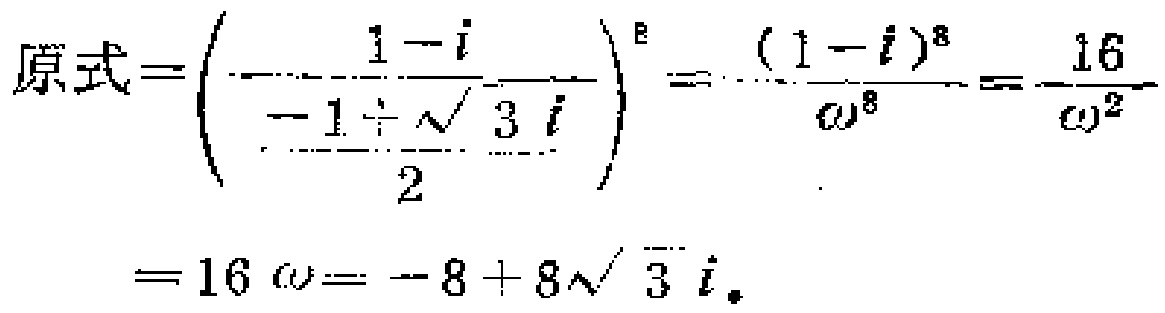
\[
\begin{align*}
原式&=\left(\frac{1 - i}{\frac{-1 + \sqrt{3}i}{2}}\right)^8=\frac{(1 - i)^8}{\omega^8}=\frac{16}{\omega^2}\\
&=16\omega=-8 + 8\sqrt{3}i.
\end{align*}
\]